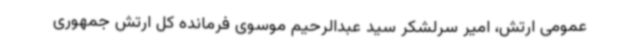
عمومی ارتش، امیر سرلشکر سید عبدالرحیم موسوی فرمانده کل ارتش جمهوری